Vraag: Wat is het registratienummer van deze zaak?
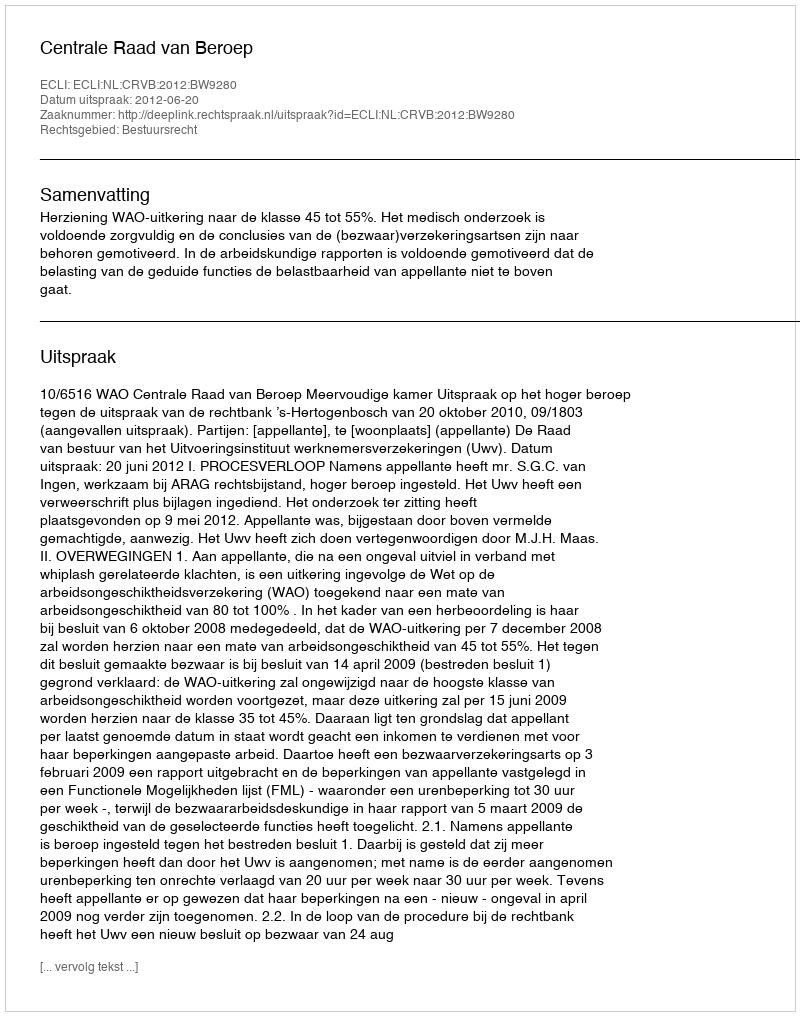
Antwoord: http://deeplink.rechtspraak.nl/uitspraak?id=ECLI:NL:CRVB:2012:BW9280